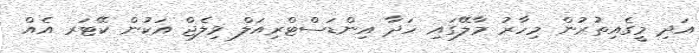
އަދި މީގެއިތުރުން މިހާރު މާލޭގައި ހަދާ އިންޑަސްޓްރިއަލް ވިލެޖް އަކުން ކޭޓަރ އެއް